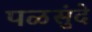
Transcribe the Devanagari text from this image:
पळसुंदे